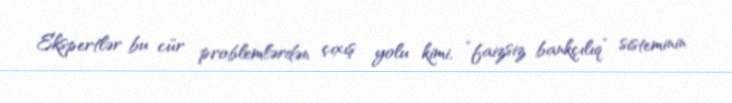
Ekspertlər bu cür problemlərdən çıxış yolu kimi, “faizsiz bankçılıq” sisteminin